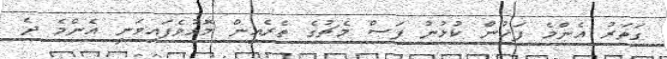
ގަތަރު އެންމެ ފަހުން ކުޅުނު ފަސް މެޗުގެ ތެރެއިން މޮޅުވެފައިވަނީ އެންމެ ދެ